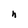
Character: h